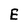
Character: E